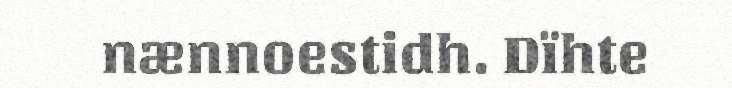
nænnoestidh. Dïhte